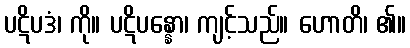
ပဋိပဒံ၊ ကို။ ပဋိပန္နော၊ ကျင့်သည်။ ဟောတိ၊ ၏။